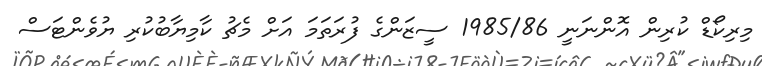
މިރިކޯޑް ކުރިން އޮންނަނީ 1985/86 ސީޒަންގެ ފުރަތަމަ އަށް މެޗު ކާމިޔާބުކުރި ޔުވެންޓަސް